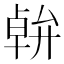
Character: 𠦷